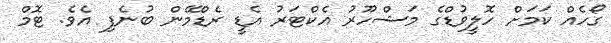
ގޯހެއް ކަމަށް ހޮލީވުޑްގެ މަޝްހޫރު އެކްޓަރު އެޑީ ރެޑްމޭން ބުނެފި އެވެ. ޓޮމް